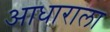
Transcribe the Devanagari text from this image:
आधाराला